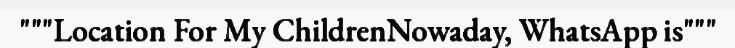
"""Location For My ChildrenNowaday, WhatsApp is"""